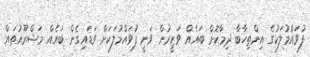
ފުވައްމުލަކުގެ އިންތިޚާބާ ދިމާކޮށް ބައެއް ވަޒީރުން ވަނީ ފުވައްމުލަކަށް ވަޑައިގެން ބައެއް މަޝްރޫއުތައް